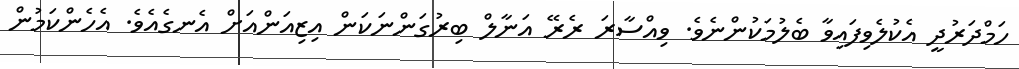
ހަމްދަރުދީ އެކުލެވިފައިވާ ބެލުމަކުންނެވެ. ވިއްސާރަ ރެރޭ އަނާލް ބިރުގަންނަކަން އިޒިއަންއަށް އެނގެއެވެ. އެހެންކަމުން